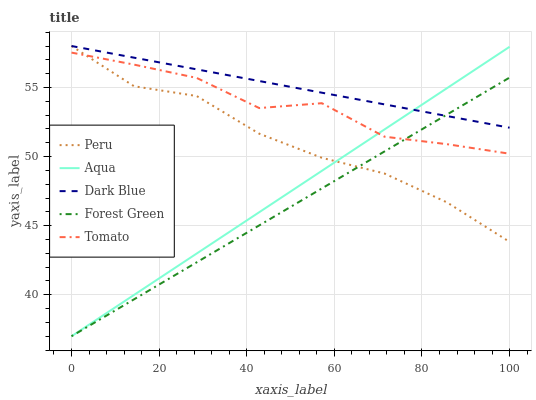
| xaxis_label | Peru | Aqua | Dark Blue | Forest Green | Tomato |
 | --- | --- | --- | --- | --- | --- |
 | 0 | 58 | 37 | 58 | 37 | 57.5 |
 | 14.3 | 55.1 | 40 | 57.2 | 39.7 | 56.7 |
 | 28.6 | 54.4 | 43 | 56.3 | 42.3 | 55.7 |
 | 42.9 | 51.7 | 46 | 55.5 | 45 | 53.5 |
 | 57.1 | 49.9 | 49 | 54.6 | 47.7 | 53.9 |
 | 71.4 | 48.8 | 52 | 53.8 | 50.4 | 51.4 |
 | 85.7 | 46.7 | 55 | 52.9 | 53 | 50.9 |
 | 100 | 43.8 | 57.9 | 52.1 | 55.7 | 50.2 |